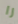
را